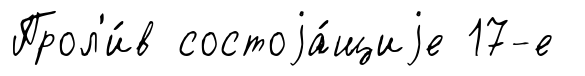
Прол'и́в состоjа́щиjе 17-е